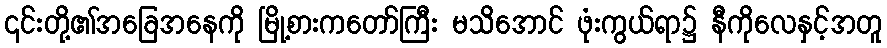
၎င်းတို့၏အခြေအနေကို မြို့စားကတော်ကြီး မသိအောင် ဖုံးကွယ်ရာ၌ နီကိုလေနှင့်အတူ